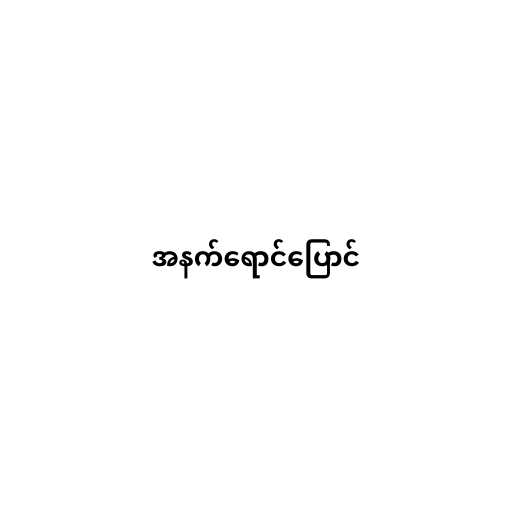
အနက်ရောင်ပြောင်